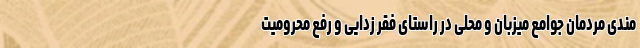
مندی مردمان جوامع میزبان و محلی در راستای فقر زدایی و رفع محرومیت